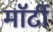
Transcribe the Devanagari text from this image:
मॉर्टी